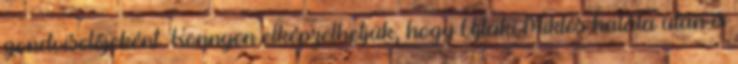
gondviselőjeként. Könnyen elképzelhetjük, hogy Újlaki Miklós halála után is